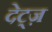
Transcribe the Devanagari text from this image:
देट्ज़